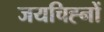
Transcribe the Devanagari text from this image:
जयचिह्नों